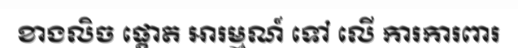
ខាងលិច ផ្តោត អារម្មណ៍ ទៅ លើ ការការពារ